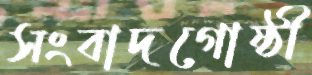
সংবাদগোষ্ঠী